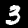
Digit: 3